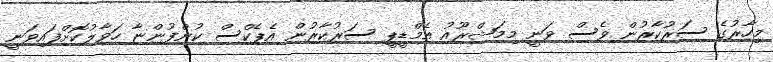
މިހާރުގެ ސަރުކާރުން ވެސް ވަނީ މިމަޝްރޫއު އެމްޑީޕީ ސަރުކާރުން އެޕެކްސް ކުންފުންޏާ ހަވާލުކޮށްފައިވަނީ